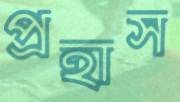
প্রহাস